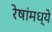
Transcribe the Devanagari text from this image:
रेषांमध्ये